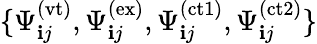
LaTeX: \{ \Psi_{\mathbf{i}j}^{(\mathrm{{vt}})},\Psi_{\mathbf{i}j}^{(\mathrm{{ex}})},\Psi_{\mathbf{i}j}^{(\mathrm{{ct1}})},\Psi_{\mathbf{i}j}^{(\mathrm{{ct2}})}\}